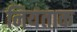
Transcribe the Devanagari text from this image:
नियंताक